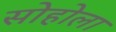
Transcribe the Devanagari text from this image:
सोहोला